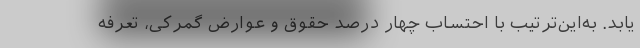
یابد. به‌این‌ترتیب با احتساب چهار درصد حقوق و عوارض گمرکی، تعرفه